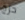
حرج